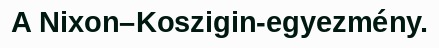
A Nixon–Koszigin-egyezmény.